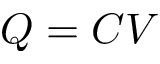
Q = C V